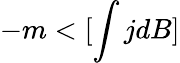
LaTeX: -m<[\int jdB]